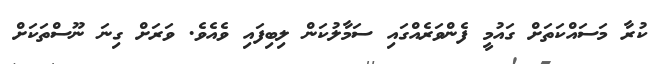
ކުރާ މަސައްކަތަށް ގައުމީ ފެންވަރެއްގައި ސަމާލުކަން ލިބިފައި ވެއެވެ. ވަރަށް ގިނަ ނޫސްތަކަށް